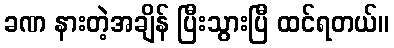
ခဏ နားတဲ့အချိန် ပြီးသွားပြီ ထင်ရတယ်။